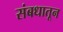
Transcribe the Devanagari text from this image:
संबधातून